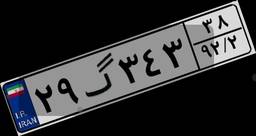
۲۹گ۳۴۳۳۸